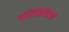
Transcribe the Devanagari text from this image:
गतिविधिय़ो